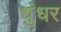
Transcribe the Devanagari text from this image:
धुंधर